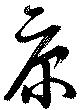
康